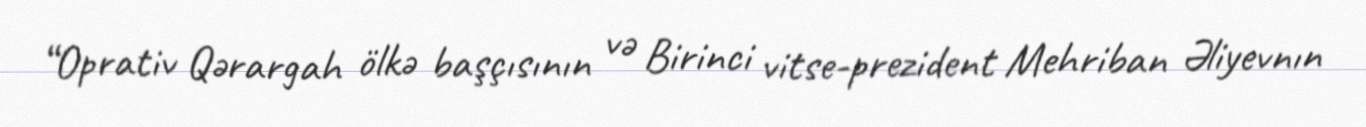
“Oprativ Qərargah ölkə başçısının və Birinci vitse-prezident Mehriban Əliyevnın